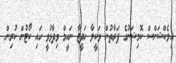
އިލެކްޝަންސް ކޮމިޝަނުގެ ފަރާތުން ވަކީލާ ހަދީޖާ ނައީމް ވިދާޅުވީ ހައި ކޯޓުން ކުރިން